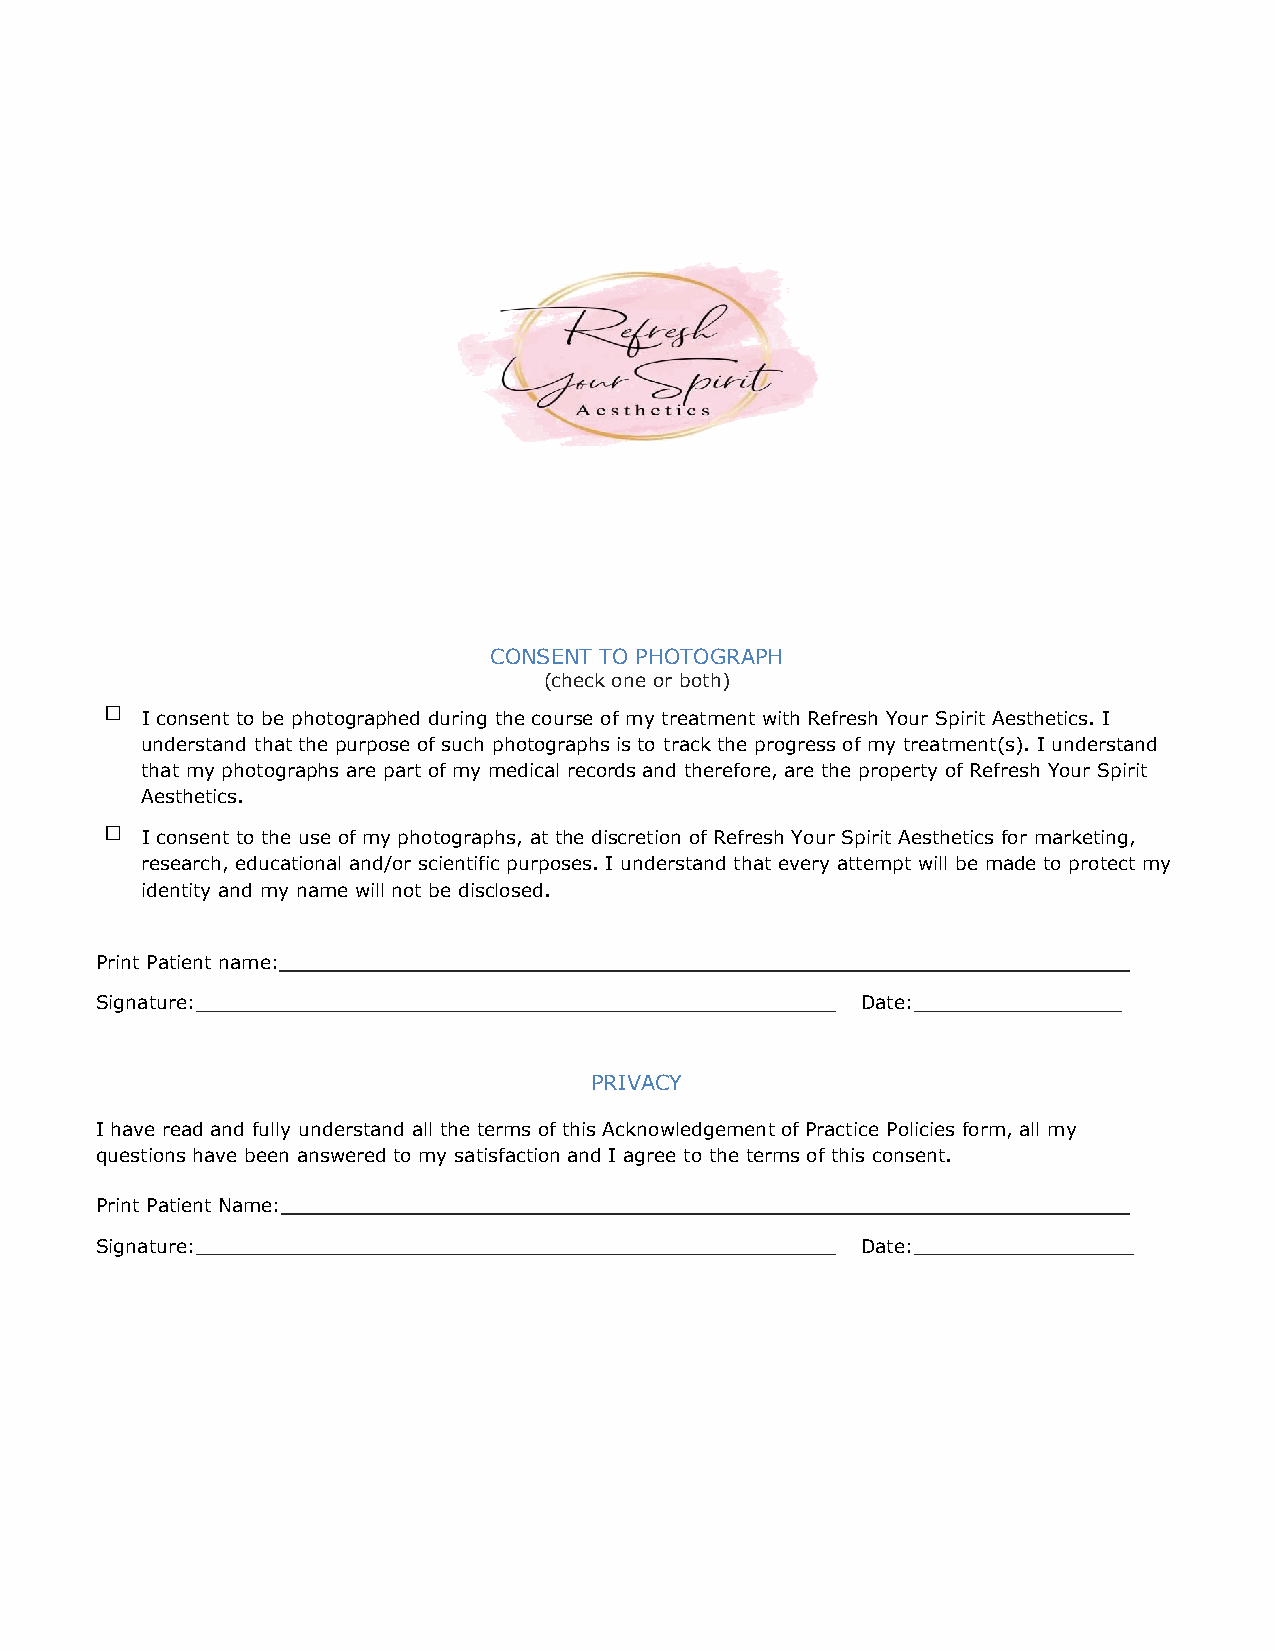
CONSENT TO PHOTOGRAPH
 (check one or both)
  I consent to be photographed during the course of my treatment with Refresh Your Spirit Aesthetics. I
 understand that the purpose of such photographs is to track the progress of my treatment(s). I understand
 that my photographs are part of my medical records and therefore, are the property of Refresh Your Spirit
 Aesthetics.
  I consent to the use of my photographs, at the discretion of Refresh Your Spirit Aesthetics for marketing,
 research, educational and/or scientific purposes. I understand that every attempt will be made to protect my
 identity and my name will not be disclosed.
 Print Patient name:
 Signature:                                         Date:
 PRIVACY
 I have read and fully understand all the terms of this Acknowledgement of Practice Policies form, all my
 questions have been answered to my satisfaction and I agree to the terms of this consent.
 Print Patient Name:
 Signature:                                         Date: